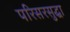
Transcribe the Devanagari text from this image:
परिसरसुद्धा